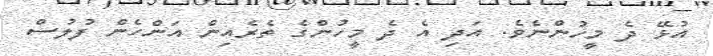
އުޅޭ ދެ މީހުންނެވެ. އަދި އެ ދެ މީހުންގެ ތެރެއިން އަންހެން ފުލުސް